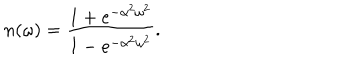
LaTeX: n ( \omega ) = { \frac { 1 + e ^ { - \alpha ^ { 2 } \omega ^ { 2 } } } { 1 - e ^ { - \alpha ^ { 2 } \omega ^ { 2 } } } } .